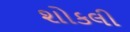
શોકલી